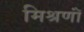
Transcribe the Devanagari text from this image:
मिश्रणॉं